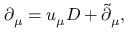
\partial _ { \mu } = u _ { \mu } D + \tilde { \partial } _ { \mu } ,